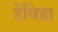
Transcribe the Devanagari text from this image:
डेविडा